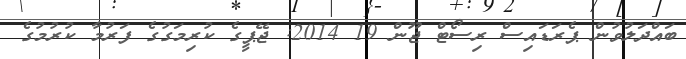
ބައްދަލުުވުން ޕެރަޑައިސް ރިސޯޓް ޖޫން 19 2014: ޖޭޕީގެ ކުރިމަގުގެ ފަރުމާ ކުރުމުގެ